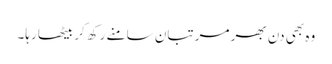
وہ بھی دن بھر مرتبان سامنے رکھ کر بیٹھا رہا۔